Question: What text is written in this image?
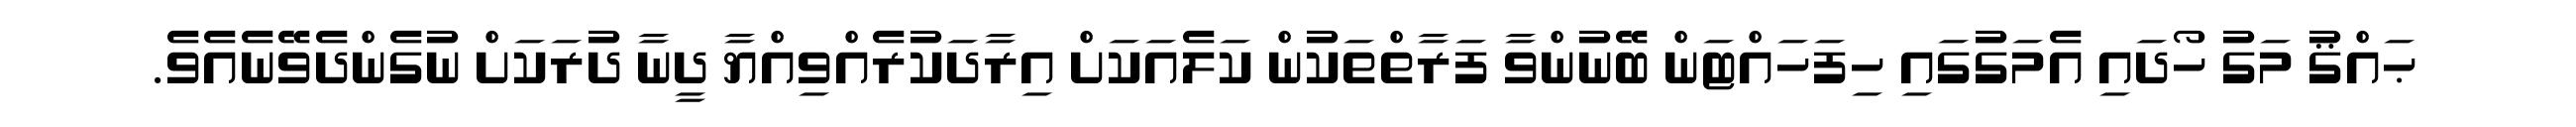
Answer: ޙައްޤު މަގު ހޯދައި އެމަގުގައި ހިފަހައްޓަން ބޭނުންވާ ފަރާތްތަކުން ކަލެއަކަށް އިރާދަކުރެއްވިއްޔާ ދީނާ ދުރަކަށް ނުގެންދެވޭނެއެވެ.